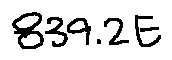
8 3 9 . 2 E